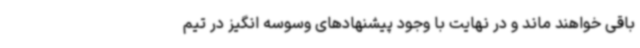
باقی خواهند ماند و در نهایت با وجود پیشنهادهای وسوسه انگیز در تیم